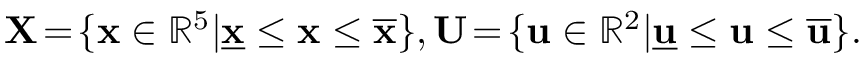
\begin{array} { r } { \mathbf { X } \! = \! \{ \mathbf { x } \in \mathbb { R } ^ { 5 } | \underline { { \mathbf { x } } } \leq \mathbf { x } \leq \overline { { \mathbf { x } } } \} , \mathbf { U } \! = \! \{ \mathbf { u } \in \mathbb { R } ^ { 2 } | \underline { { \mathbf { u } } } \leq \mathbf { u } \leq \overline { { \mathbf { u } } } \} . } \end{array}